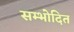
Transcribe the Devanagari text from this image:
सम्भोदित